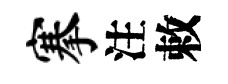
搴注敕